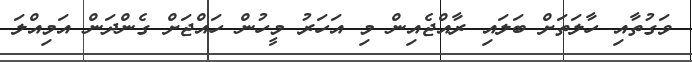
ވަގުތާއި ހާލަތަށް ބަލައި ރާއްޖެއިން މި އަހަރު މީހުން ހައްޖަށް ގެންދަން އަމިއްލަ